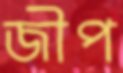
জীপ